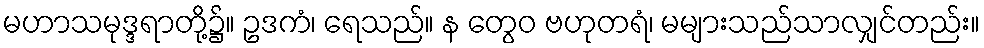
မဟာသမုဒ္ဒရာတို့၌။ ဥဒကံ၊ ရေသည်။ န တွေဝ ဗဟုတရံ၊ မများသည်သာလျှင်တည်း။